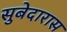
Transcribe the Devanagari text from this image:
सुबेदारास